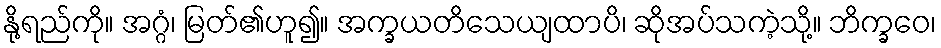
နို့ရည်ကို။ အဂ္ဂံ၊ မြတ်၏ဟူ၍။ အက္ခယတိသေယျထာပိ၊ ဆိုအပ်သကဲ့သို့။ ဘိက္ခဝေ၊